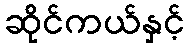
ဆိုင်ကယ်နှင့်